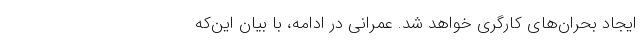
ایجاد بحران‌های کارگری خواهد شد. عمرانی در ادامه، با بیان‌ این‌که